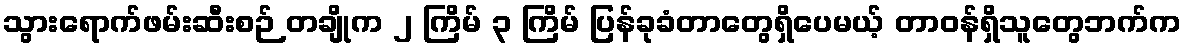
သွားရောက်ဖမ်းဆီးစဉ် တချိုက ၂ ကြိမ် ၃ ကြိမ် ပြန်ခုခံတာတွေရှိပေမယ့် တာဝန်ရှိသူတွေဘက်က